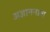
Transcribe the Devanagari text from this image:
अज्ञाननाश